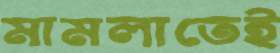
মামলাতেই